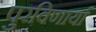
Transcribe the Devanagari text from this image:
पुरविणार्या